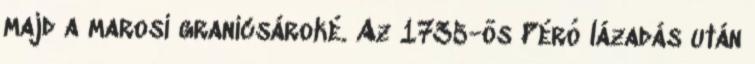
majd a marosi granicsároké. Az 1735-ös Péró lázadás után